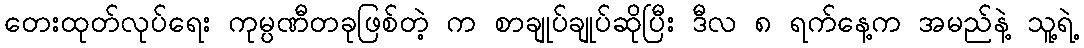
တေးထုတ်လုပ်ရေး ကုမ္ပဏီတခုဖြစ်တဲ့ က စာချုပ်ချုပ်ဆိုပြီး ဒီလ ၈ ရက်နေ့က အမည်နဲ့ သူ့ရဲ့